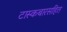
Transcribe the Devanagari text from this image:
टास्कबारसहित